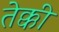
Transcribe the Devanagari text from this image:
तेक्की